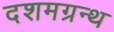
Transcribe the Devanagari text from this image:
दशमग्रन्थ